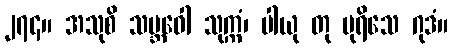
၂၇၄။ အသုစိ သမ္ဘဝေါ သုက္ကံ၊ ပါယု တု ပုရိသေ ဂုဒံ။